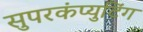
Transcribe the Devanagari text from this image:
सुपरकंप्युटिंग